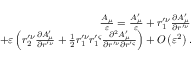
\begin{array} { r l r } & { } & { \left. \frac { A _ { \mu } } { \varepsilon } = \frac { A _ { \mu } ^ { \prime } } { \varepsilon } + r _ { 1 } ^ { \prime \nu } \frac { \partial A _ { \mu } ^ { \prime } } { \partial r ^ { \prime \nu } } \right. } \\ & { } & { + \varepsilon \left( r _ { 2 } ^ { \prime \nu } \frac { \partial A _ { \mu } ^ { \prime } } { \partial r ^ { \prime \nu } } + \frac { 1 } { 2 } r _ { 1 } ^ { \prime \nu } r _ { 1 } ^ { \prime \varsigma } \frac { \partial ^ { 2 } A _ { \mu } ^ { \prime } } { \partial r ^ { \prime \nu } \partial r ^ { \prime \varsigma } } \right) + O \left( \varepsilon ^ { 2 } \right) . } \end{array}